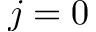
j = 0